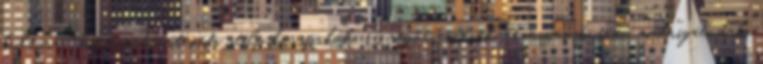
kultúra: művészettörténeti stíluskorszakok. Gregorián ének, reneszánsz tánc, madrigál, dal,